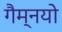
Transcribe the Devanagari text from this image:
गैम्नयो